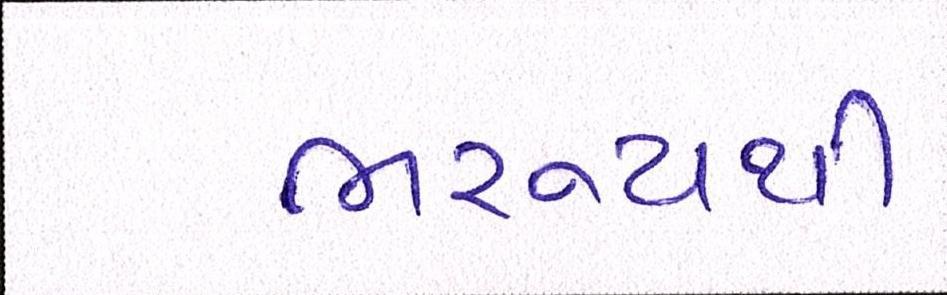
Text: ભરૂચથી